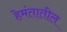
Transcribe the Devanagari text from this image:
हेमंतातील